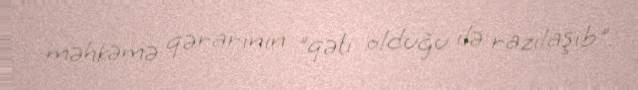
məhkəmə qərarının "qəti olduğu ilə razılaşıb".